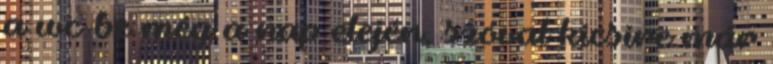
a wc-be még a nap elején, szóval kicsire már